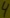
Text: 4